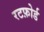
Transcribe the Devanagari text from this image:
रटफ़ोर्ड